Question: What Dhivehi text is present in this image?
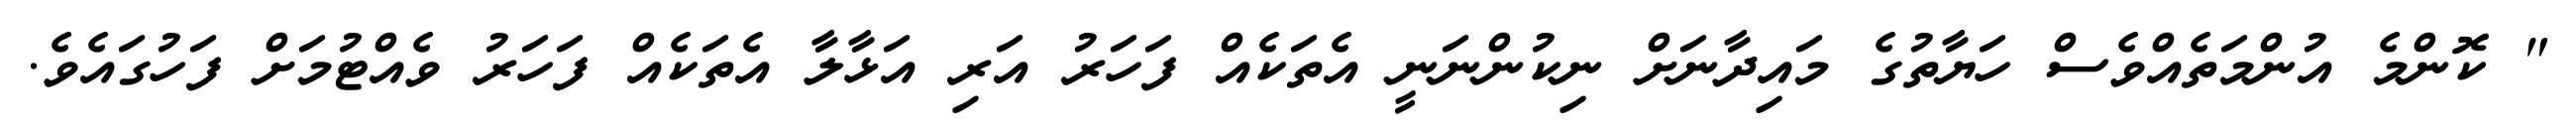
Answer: " ކޮންމެ އުންމަތެއްވެސް ހަޔާތުގެ މައިދާނަށް ނިކުންނަނީ އެތަކެއް ފަހަރު އަރި އަޅާލާ އެތަކެއް ފަހަރު ވެއްޓުމަށް ފަހުގައެވެ.